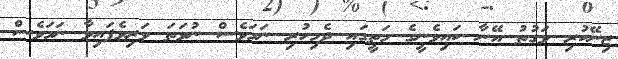
ޒިނޭކުރި ވަގުތު އޭނާ ކައިވެނީގެ މަތީގައި ދެމިހުރި ނަމަވެސް ނުވަތަ ވަރިވެފައިވާ ނަމަވެސް